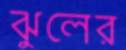
ঝুলের